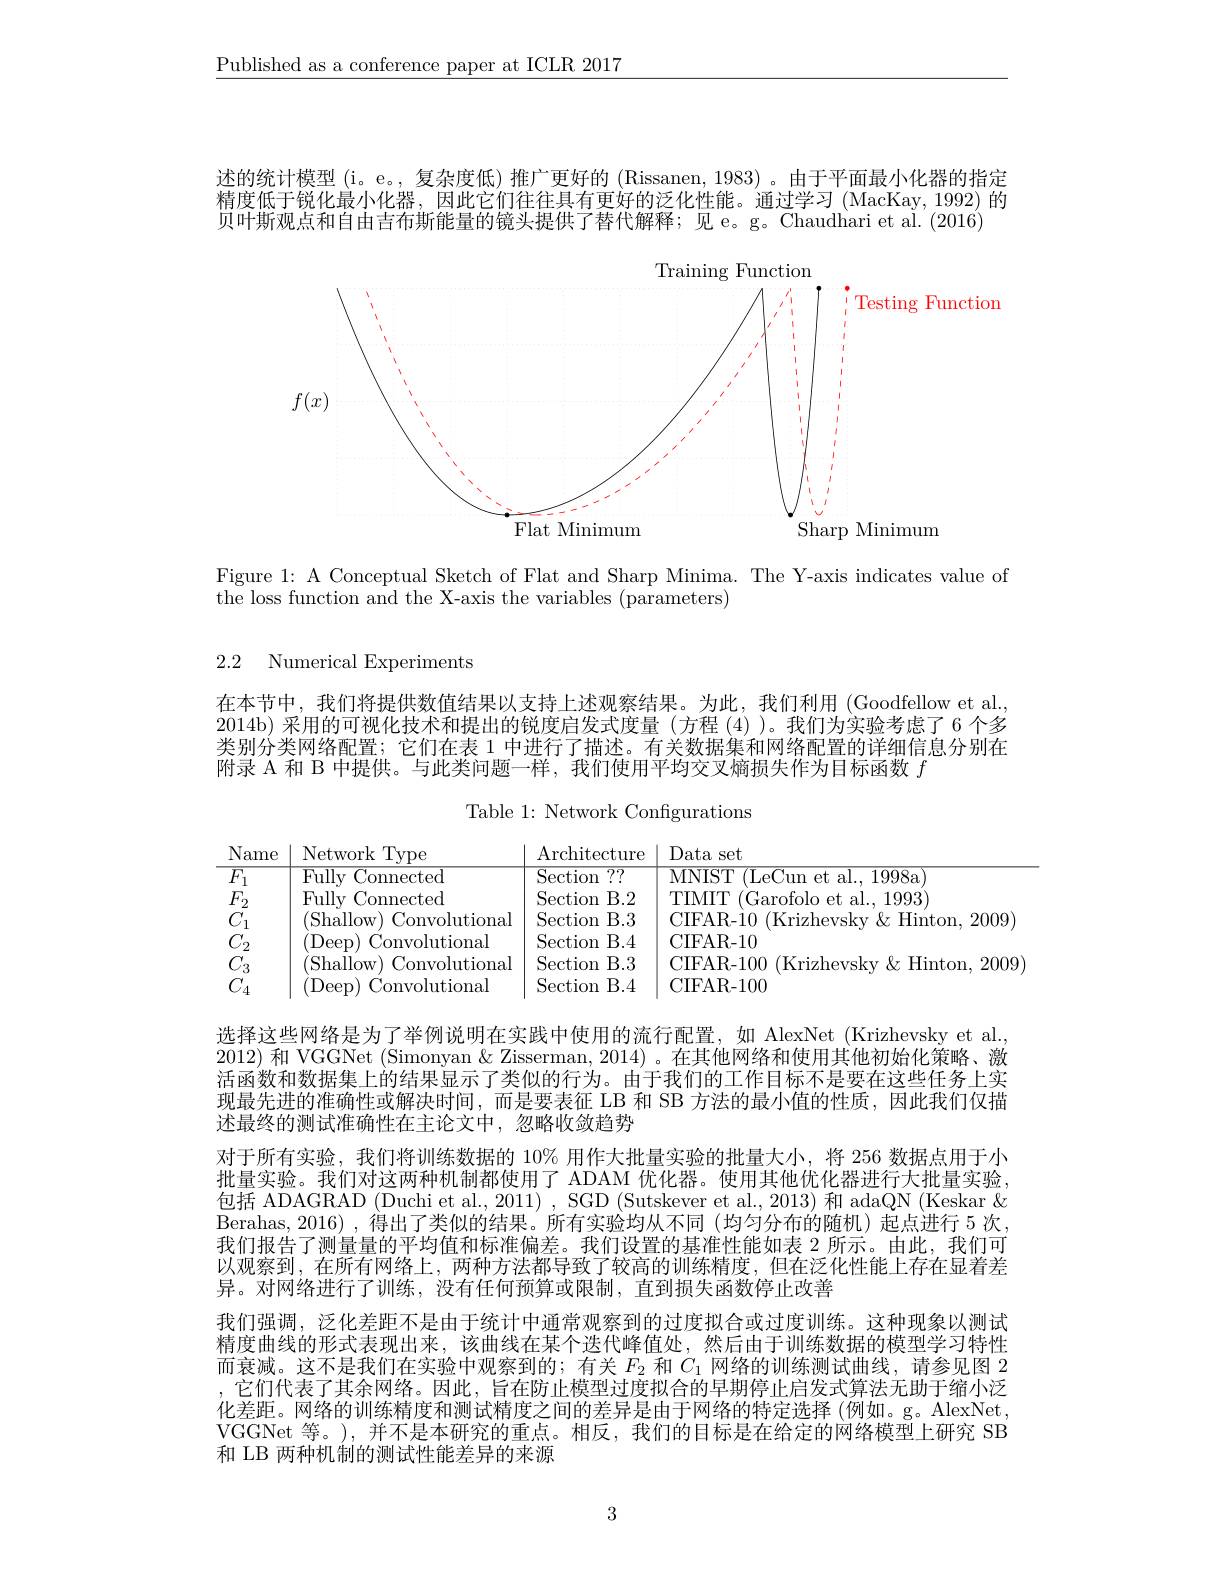
$\underline{\text{Published as a conference paper at ICLR 2017}}$

述的统计模型 (i。e。, 复杂度低) 推广更好的 (Rissanen, 1983) 。由于平面最小化器的指定精度低于锐化最小化器，因此它们往往具有更好的泛化性能。通过学习 (MacKay,1992) 的贝叶斯观点和自由吉布斯能量的镜头提供了替代解释；见 e。g。Chaudhari et al. (2016)

<FigureHere>

Figure 1: A Conceptual Sketch of Flat and Sharp Minima. The Y-axis indicates value of
$\bar{\text{the loss function and the X-axis the variables (parameters)}}$

2.2 Numerical Experiments

在本节中，我们将提供数值结果以支持上述观察结果。为此，我们利用(Goodfellow et al. 2014b) 采用的可视化技术和提出的锐度启发式度量 (方程 (4))。我们为实验考虑了 6 个多类别分类网络配置；它们在表 1 中进行了描述。有关数据集和网络配置的详细信息分别在附录 A 和 B 中提供。与此类问题一样，我们使用平均交叉熵损失作为目标函数$f$

Table 1: Network Configurations

<table>
	<tbody>
		<tr>
			<th>Name</th>
			<th>Network Type</th>
			<th>Architecture</th>
			<th>Data set</th>
		</tr>
		<tr>
			<td>$\overline{F_{1}}$</td>
			<td>Fullv Connected</td>
			<td>Section $\overline{7?}$</td>
			<td>MNIST (LeCun et al.1998a</td>
		</tr>
		<tr>
			<td>$F_{2}$</td>
			<td>Fullv Connected</td>
			<td>Section B. 2</td>
			<td>TIMIT $^{\prime}$Garofolo et al., 1993</td>
		</tr>
		<tr>
			<td>$C_{1}$</td>
			<td>(Shallow) Convolutional</td>
			<td>B. 3 $\operatorname{Section}$</td>
			<td>CIFAR- 10 (Krizhevsky$\&$Hinton,200 11</td>
		</tr>
		<tr>
			<td>$C_{2}$</td>
			<td>(Deep) Convolutional</td>
			<td>B. 4 $\operatorname{Section}$</td>
			<td>CIFAR- 10</td>
		</tr>
		<tr>
			<td>$C_{3}$</td>
			<td>(Shallow) Convolutional</td>
			<td>B. 3 $\operatorname{Section}$</td>
			<td>CIFAR- 100 (Krizhevsky$\&$Hinton,20 11</td>
		</tr>
		<tr>
			<td>$C_{4}$</td>
			<td>(Deep) Convolutional</td>
			<td>Section B. 4</td>
			<td>CIFAR- 100</td>
		</tr>
	</tbody>
</table>

选择这些网络是为了举例说明在实践中使用的流行配置，如 AlexNet (Krizhevsky et al., 2012) 和 VGGNet (Simonyan & Zisserman, 2014) 。在其他网络和使用其他初始化策略、激活函数和数据集上的结果显示了类似的行为。由于我们的工作目标不是要在这些任务上实现最先进的准确性或解决时间，而是要表征 LB 和 SB 方法的最小值的性质，因此我们仅描述最终的测试准确性在主论文中，忽略收敛趋势
对于所有实验，我们将训练数据的 10% 用作大批量实验的批量大小，将 256 数据点用于小批量实验。我们对这两种机制都使用了 ADAM 优化器。使用其他优化器进行大批量实验， 包括 ADAGRAD (Duchi et al., 2011) , SGD (Sutskever et al., 2013) 和 adaQN (Keskar & Berahas, 2016) ,得出了类似的结果。所有实验均从不同 (均匀分布的随机) 起点进行 5 次， 我们报告了测量量的平均值和标准偏差。我们设置的基准性能如表 2 所示。由此，我们可以观察到，在所有网络上，两种方法都导致了较高的训练精度，但在泛化性能上存在显着差异。对网络进行了训练，没有任何预算或限制，直到损失函数停止改善
我们强调，泛化差距不是由于统计中通常观察到的过度拟合或过度训练。这种现象以测试精度曲线的形式表现出来，该曲线在某个迭代峰值处，然后由于训练数据的模型学习特性而衰减。这不是我们在实验中观察到的；有关$F_2$和$C_1$网络的训练测试曲线，请参见图 2 ,它们代表了其余网络。因此，旨在防止模型过度拟合的早期停止启发式算法无助于缩小泛化差距。网络的训练精度和测试精度之间的差异是由于网络的特定选择(例如。g。AlexNet, VGGNet 等。),并不是本研究的重点。相反，我们的目标是在给定的网络模型上研究 SB 和 LB 两种机制的测试性能差异的来源

3